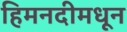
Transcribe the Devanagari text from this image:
हिमनदीमधून